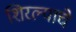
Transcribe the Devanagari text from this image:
शिरल्याचे